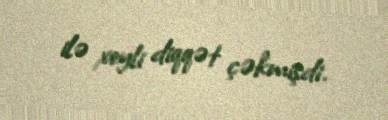
ilə xeyli diqqət çəkmişdi.